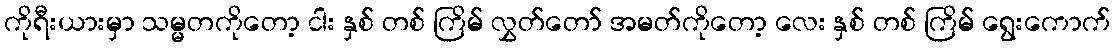
ကိုရီးယားမှာ သမ္မတကိုတော့ ငါး နှစ် တစ် ကြိမ် လွှတ်တော် အမတ်ကိုတော့ လေး နှစ် တစ် ကြိမ် ရွေးကောက်